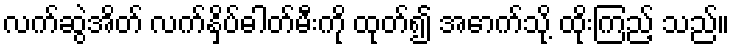
လက်ဆွဲအိတ် လက်နှိပ်ဓါတ်မီးကို ထုတ်၍ အောက်သို့ ထိုးကြည့် သည်။